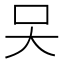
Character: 㕦